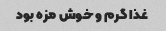
غذا گرم و خوش مزه بود